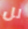
لل